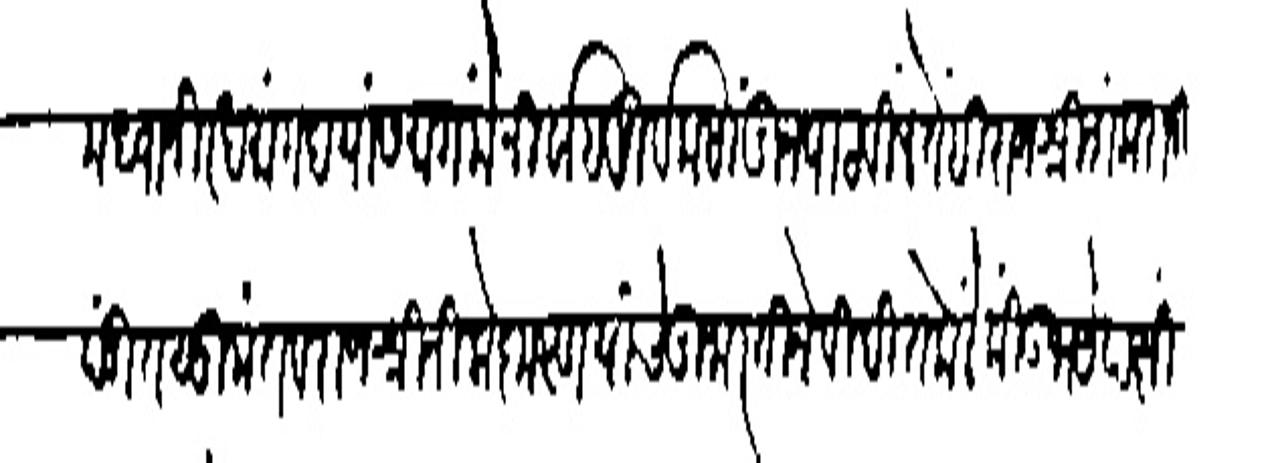
Transliteration (Devanagari): मध्बाजी रखमांगद यांसमागमें निर्वाहपूर्वक सांगून पाठबिल तेही राजधी शंकराजी
पंडीत सुमंत व राजी निलोकृस्ण यांचे गुजारतीने विदित केलें कीं उभयेपक्षीं